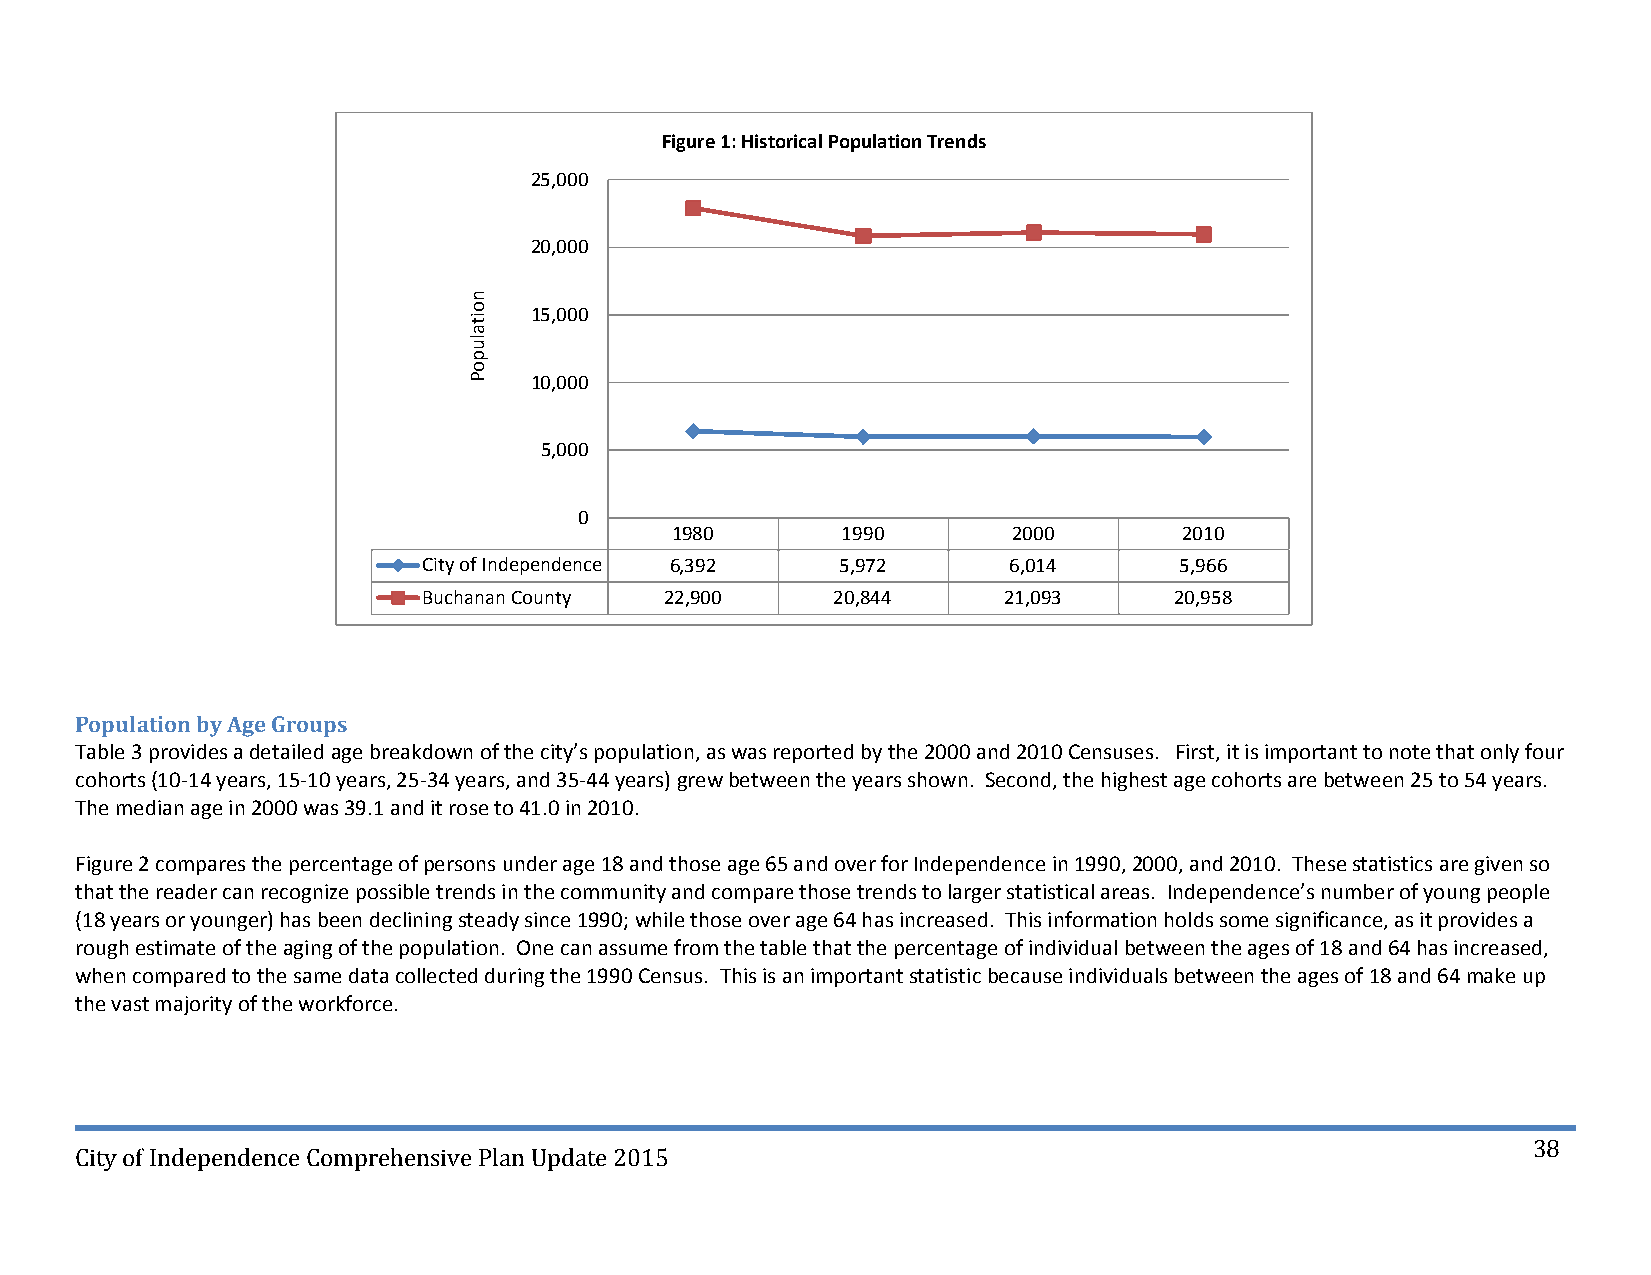
Figure 1: Historical Population Trends
 25,000
 20,000
 15,000
 10,000
 5,000
 0
 1980        1990       2000       2010
 City of Independence 6,392  5,972      6,014      5,966
 Buchanan County 22,900     20,844     21,093      20,958
 Population by Age Groups
 Table 3 provides a detailed age breakdown of the city’s population, as was reported by the 2000 and 2010 Censuses. First, it is important to note that only four
 cohorts (10‐14 years, 15‐10 years, 25‐34 years, and 35‐44 years) grew between the years shown. Second, the highest age cohorts are between 25 to 54 years.
 The median age in 2000 was 39.1 and it rose to 41.0 in 2010.
 Figure 2 compares the percentage of persons under age 18 and those age 65 and over for Independence in 1990, 2000, and 2010. These statistics are given so
 that the reader can recognize possible trends in the community and compare those trends to larger statistical areas. Independence’s number of young people
 (18 years or younger) has been declining steady since 1990; while those over age 64 has increased. This information holds some significance, as it provides a
 rough estimate of the aging of the population. One can assume from the table that the percentage of individual between the ages of 18 and 64 has increased,
 when compared to the same data collected during the 1990 Census. This is an important statistic because individuals between the ages of 18 and 64 make up
 the vast majority of the workforce.
 38
 City of Independence Comprehensive Plan Update 2015
 noitalupoP